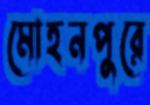
মোহনপুরে